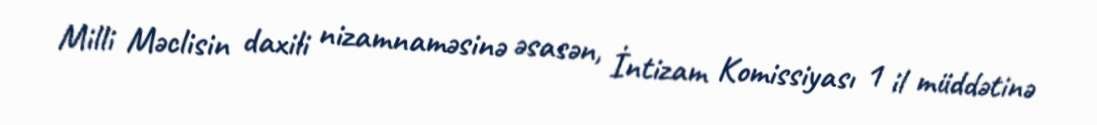
Milli Məclisin daxili nizamnaməsinə əsasən, İntizam Komissiyası 1 il müddətinə